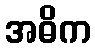
အဓိက